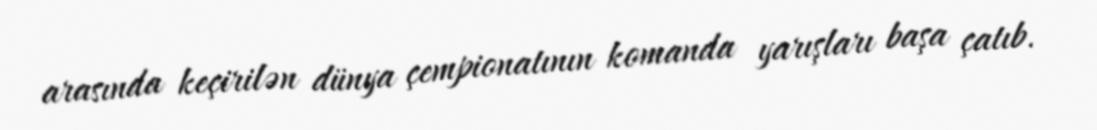
arasında keçirilən dünya çempionatının komanda yarışları başa çatıb.